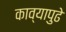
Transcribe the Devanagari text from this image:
काव्यापुढे